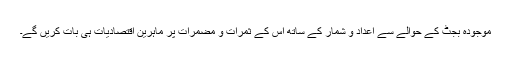
موجودہ بجٹ کے حوالے سے اعداد و شمار کے ساتھ اس کے ثمرات و مضمرات پر ماہرین اقتصادیات ہی بات کریں گے۔